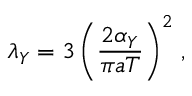
\lambda _ { Y } = 3 \left( \frac { 2 \alpha _ { Y } } { \pi a T } \right) ^ { 2 } \, ,